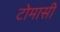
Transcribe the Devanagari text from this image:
टोमासी